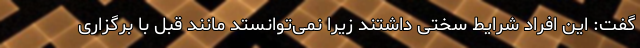
گفت: این افراد شرایط سختی داشتند زیرا نمی‌توانستد مانند قبل با برگزاری